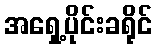
အရှေ့ပိုင်းခရိုင်